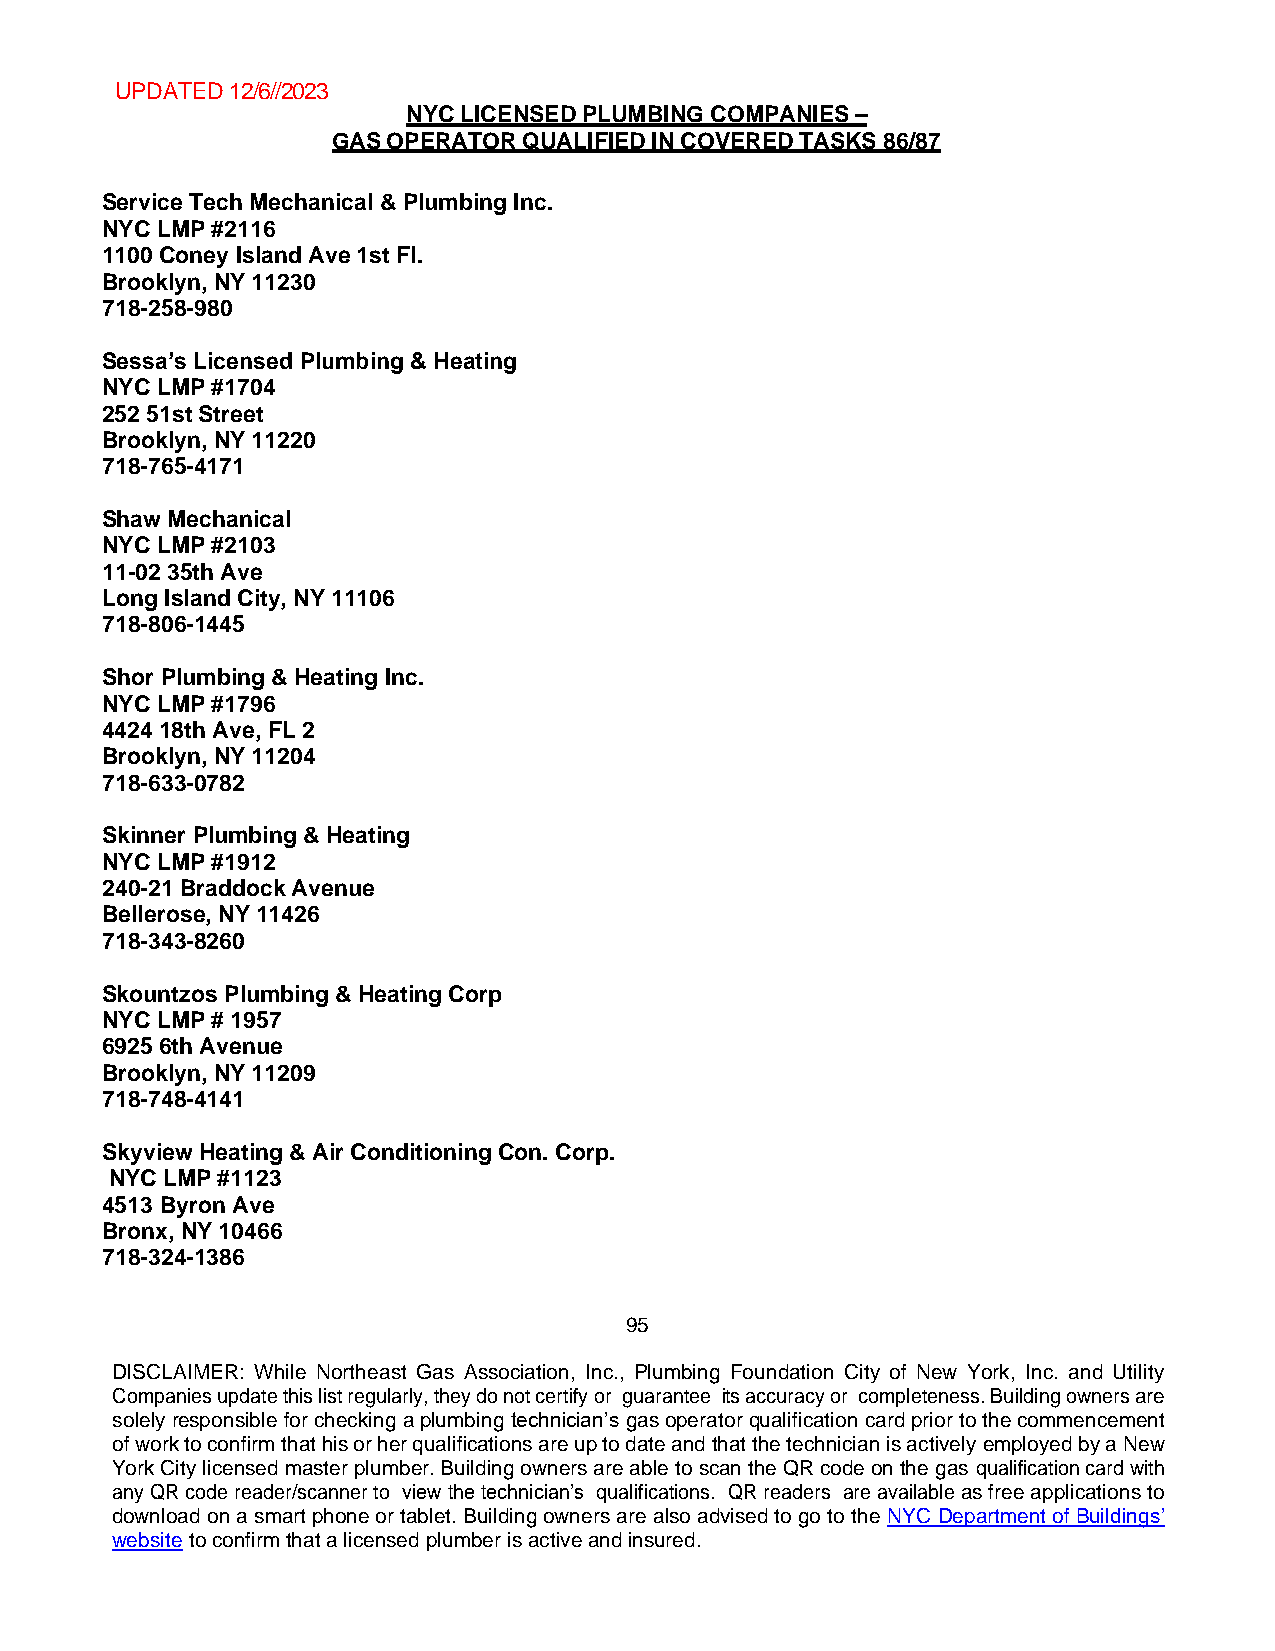
UPDATED 12/6//2023
 NYC LICENSED PLUMBING COMPANIES –
 GAS OPERATOR QUALIFIED IN COVERED TASKS 86/87
 Service Tech Mechanical & Plumbing Inc.
 NYC LMP #2116
 1100 Coney Island Ave 1st Fl.
 Brooklyn, NY 11230
 718-258-980
 Sessa’s Licensed Plumbing & Heating
 NYC LMP #1704
 252 51st Street
 Brooklyn, NY 11220
 718-765-4171
 Shaw Mechanical
 NYC LMP #2103
 11-02 35th Ave
 Long Island City, NY 11106
 718-806-1445
 Shor Plumbing & Heating Inc.
 NYC LMP #1796
 4424 18th Ave, FL 2
 Brooklyn, NY 11204
 718-633-0782
 Skinner Plumbing & Heating
 NYC LMP #1912
 240-21 Braddock Avenue
 Bellerose, NY 11426
 718-343-8260
 Skountzos Plumbing & Heating Corp
 NYC LMP # 1957
 6925 6th Avenue
 Brooklyn, NY 11209
 718-748-4141
 Skyview Heating & Air Conditioning Con. Corp.
 NYC LMP #1123
 4513 Byron Ave
 Bronx, NY 10466
 718-324-1386
 95
 DISCLAIMER: While Northeast Gas Association, Inc., Plumbing Foundation City of New York, Inc. and Utility
 Companies update this list regularly, they do not certify or guarantee its accuracy or completeness. Building owners are
 solely responsible for checking a plumbing technician’s gas operator qualification card prior to the commencement
 of work to confirm that his or her qualifications are up to date and that the technician is actively employed by a New
 York City licensed master plumber. Building owners are able to scan the QR code on the gas qualification card with
 any QR code reader/scanner to view the technician’s qualifications. QR readers are available as free applications to
 download on a smart phone or tablet. Building owners are also advised to go to the NYC Department of Buildings’
 website to confirm that a licensed plumber is active and insured.